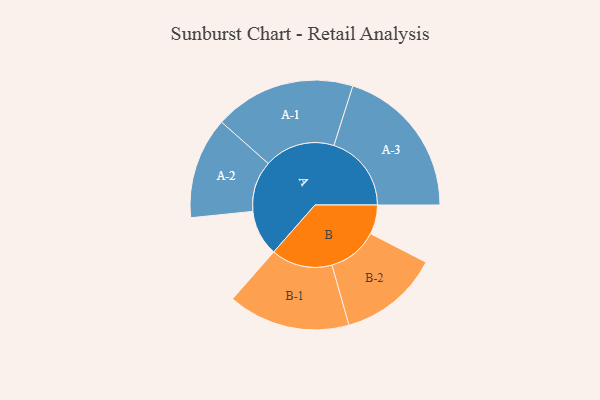
{"axis": {"x": "Segment", "y": "Value"}, "legend": ["", "A", "B"], "data": [{"x": "A", "y": 168, "type": ""}, {"x": "B", "y": 107, "type": ""}, {"x": "A-1", "y": 259, "type": "A"}, {"x": "A-2", "y": 186, "type": "A"}, {"x": "A-3", "y": 284, "type": "A"}, {"x": "B-1", "y": 224, "type": "B"}, {"x": "B-2", "y": 184, "type": "B"}]}